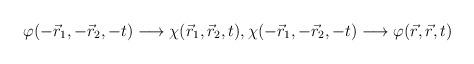
LaTeX: \begin{align*}\varphi(-\vec{r}_{1},-\vec{r}_{2},-t)\longrightarrow\chi(\vec{r}_{1},\vec{r}_{2},t),\chi(-\vec{r}_{1},-\vec{r}_{2},-t)\longrightarrow\varphi(\vec{r},\vec{r},t)\end{align*}